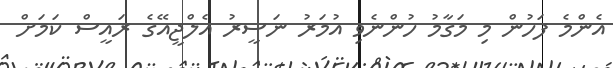
އެންމެ ފަހުން މި މަގާމު ހުންނެވި އުމަރު ނަސީރު އެލްޖީއޭގެ ރައީސް ކަމަށް